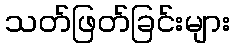
သတ်ဖြတ်ခြင်းများ